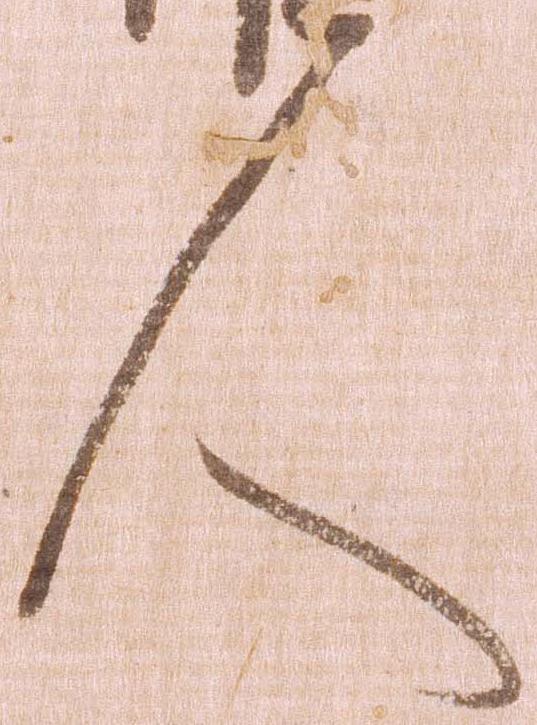
人